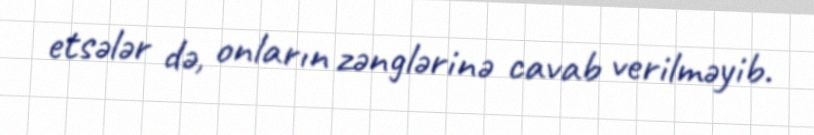
etsələr də, onların zənglərinə cavab verilməyib.